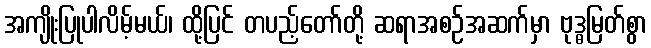
အကျိုးပြုပါလိမ့်မယ်၊ ထို့ပြင် တပည့်တော်တို့ ဆရာအစဉ်အဆက်မှာ ဗုဒ္ဓမြတ်စွာ